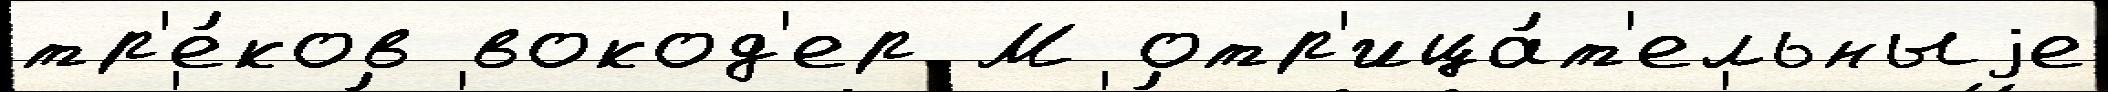
тр'е́ков вокод'ер М отр'ица́т'ельныjе